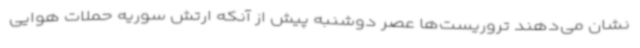
نشان می‌دهند تروریست‌ها عصر دوشنبه پیش از آنکه ارتش سوریه حملات هوایی